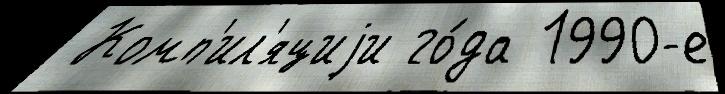
 Комп'ил'яциjи го́да 1990-е